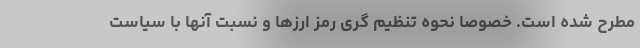
مطرح شده است. خصوصا نحوه تنظیم گری رمز ارزها و نسبت آنها با سیاست